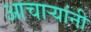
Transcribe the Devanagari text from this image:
आचार्‍यांनी